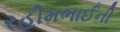
રહીમભાઈની